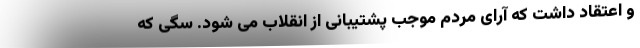
و اعتقاد داشت که آرای مردم موجب پشتیبانی از انقلاب می شود. سگی که